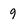
Character: 9